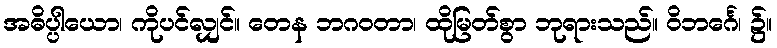
အဓိပ္ပါယော၊ ကိုပင်လျှင်။ တေန ဘဂဝတာ၊ ထိုမြတ်စွာ ဘုရားသည်။ ဝိဘင်္ဂေ၊ ၌။